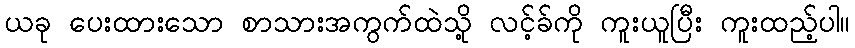
ယခု ပေးထားသော စာသားအကွက်ထဲသို့ လင့်ခ်ကို ကူးယူပြီး ကူးထည့်ပါ။